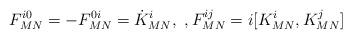
LaTeX: \begin{align*}F^{i0}_{MN}=-F^{0i}_{MN}=\dot{K}^i_{MN} ,\ , F^{ij}_{MN}=i [ K^i_{MN},K^j_{MN} ]\end{align*}